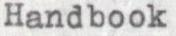
Handbook